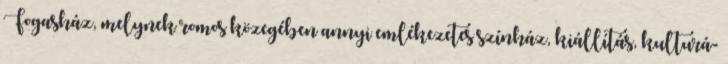
Fogasház, melynek romos közegében annyi emlékezetes színház, kiállítás, kulturá-